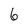
Character: 6